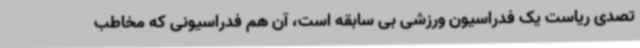
تصدی ریاست یک فدراسیون ورزشی بی سابقه است، آن هم فدراسیونی که مخاطب